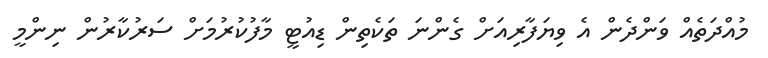
މުއްދަތެއް ވަންދެން އެ ވިޔަފާރިއަށް ގެންނަ ތަކެތިން ޑިއުޓީ މާފުކުރުމަށް ސަރުކާރުން ނިންމީ